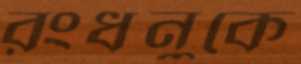
রংধনুকে